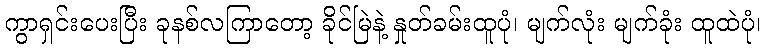
ကွာရှင်းပေးပြီး ခုနစ်လကြာတော့ ခိုင်မြဲနဲ့ နှုတ်ခမ်းထူပုံ၊ မျက်လုံး မျက်ခုံး ထူထဲပုံ၊